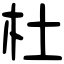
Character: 杜